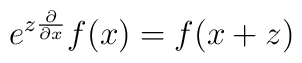
e^{z\frac{\partial}{\partial x}} f(x) = f(x+z)